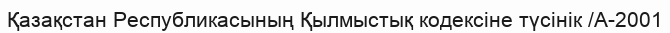
Қазақстан Республикасының Қылмыстық кодексіне түсінік /А-2001